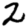
Digit: 2